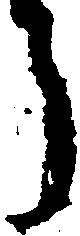
う